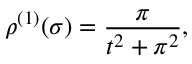
\rho ^ { ( 1 ) } ( \sigma ) = \frac { \pi } { t ^ { 2 } + \pi ^ { 2 } } ,